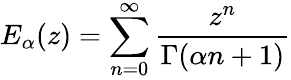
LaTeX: E_{\alpha}(z)=\sum_{n=0}^{\infty}\frac{z^{n}}{\Gamma(\alpha n+1)}